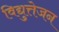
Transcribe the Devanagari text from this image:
विद्युत्तेजन